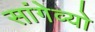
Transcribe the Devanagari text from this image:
सांगेव्यो